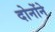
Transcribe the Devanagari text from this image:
दोनोंने